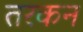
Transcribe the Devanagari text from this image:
तरकन